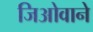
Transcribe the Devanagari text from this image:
जिओवाने